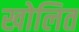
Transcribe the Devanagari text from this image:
खोलित